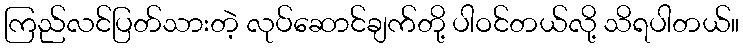
ကြည်လင်ပြတ်သားတဲ့ လုပ်ဆောင်ချက်တို့ ပါဝင်တယ်လို့ သိရပါတယ်။